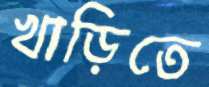
খাড়িতে